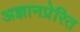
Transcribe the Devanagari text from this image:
अज्ञानप्रेरित